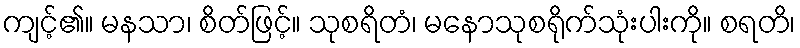
ကျင့်၏။ မနသာ၊ စိတ်ဖြင့်။ သုစရိတံ၊ မနောသုစရိုက်သုံးပါးကို။ စရတိ၊